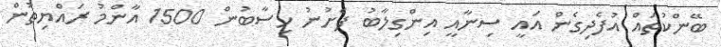
ބޭންކުތައް އުފެދިގެން އައީ ސިނާއީ އިންގިލާބު ފެށުނު ހިސާބުން 1500 އާންމު ރައްޔިތުން